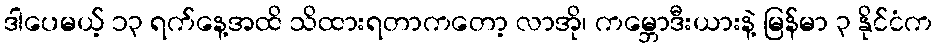
ဒါပေမယ့် ၁၃ ရက်နေ့အထိ သိထားရတာကတော့ လာအို၊ ကမ္ဘောဒီးယားနဲ့ မြန်မာ ၃ နိုင်ငံက